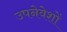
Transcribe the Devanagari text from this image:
उपनेवेशों